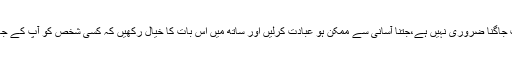
مسئلہ:شب برأت میں پوری رات جاگنا ضروری نہیں ہے،جتنا آسانی سے ممکن ہو عبادت کرلیں اور ساتھ میں اس بات کا خیال رکھیں کہ کسی شخص کو آپ کے جاگنے کی وجہ سے تکلیف نہ ہو۔